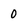
Character: 0